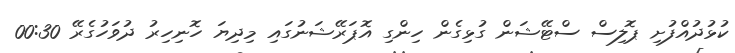
ކުޅުދުއްފުށި ޕޮލިސް ސްޓޭޝަން ގުޅިގެން ހިންގި އޮޕަރޭޝަނުގައި މިދިޔަ ހޮނިހިރު ދުވަހުގެރޭ 00:30